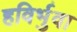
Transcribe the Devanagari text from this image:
हविर्भुवा